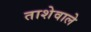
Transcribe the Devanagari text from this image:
ताशेवाले